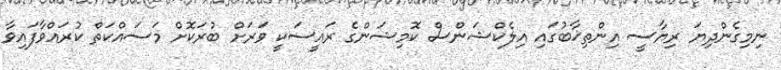
ނިމިގެންދިޔަ ރިޔާސީ އިންތިޚާބުގައި އިލެކްޝަންސް ކޮމިޝަންގެ ރައީސަކީ ވަރަށް ބުރަކޮށް މަސައްކަތް ކުރައްވާފައިވާ